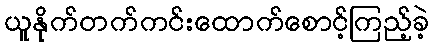
ယူနိုက်တက်ကင်းထောက်စောင့်ကြည့်ခဲ့